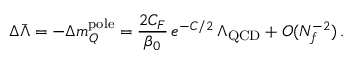
\Delta \bar { \Lambda } = - \Delta m _ { Q } ^ { \mathrm { p o l e } } = { \frac { 2 C _ { F } } { \beta _ { 0 } } } \, e ^ { - C / 2 } \, \Lambda _ { \mathrm { Q C D } } + O ( N _ { f } ^ { - 2 } ) \, .